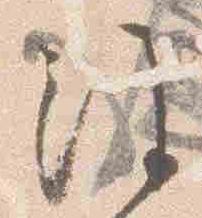
注